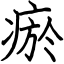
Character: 瘀